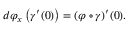
d \varphi _ { x } \left( \gamma ^ { \prime } ( 0 ) \right) = ( \varphi \circ \gamma ) ^ { \prime } ( 0 ) .